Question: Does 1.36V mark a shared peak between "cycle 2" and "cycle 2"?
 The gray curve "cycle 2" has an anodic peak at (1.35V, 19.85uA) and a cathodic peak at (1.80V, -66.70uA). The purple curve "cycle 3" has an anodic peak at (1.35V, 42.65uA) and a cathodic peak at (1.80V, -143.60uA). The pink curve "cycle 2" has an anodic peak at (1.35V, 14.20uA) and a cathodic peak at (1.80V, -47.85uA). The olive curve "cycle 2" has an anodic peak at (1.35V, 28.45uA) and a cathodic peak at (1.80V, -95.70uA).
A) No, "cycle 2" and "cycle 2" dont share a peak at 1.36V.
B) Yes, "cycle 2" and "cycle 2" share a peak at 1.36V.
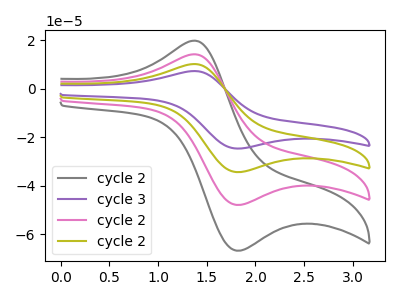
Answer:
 <answer>B) Yes, "cycle 2" and "cycle 2" share a peak at 1.36V.</answer>
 <eval>B</eval>